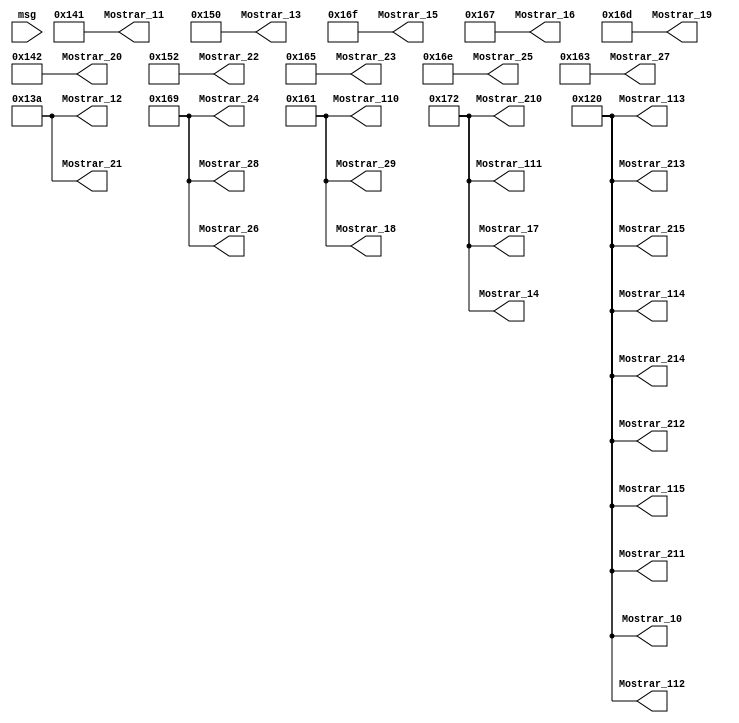
module interfaz(msg,
					  Mostrar_10,
					  Mostrar_11,
					  Mostrar_12,
					  Mostrar_13,
					  Mostrar_14,
					  Mostrar_15,
					  Mostrar_16,
					  Mostrar_17,
					  Mostrar_18,
					  Mostrar_19,
					  Mostrar_110,
					  Mostrar_111,
					  Mostrar_112,
					  Mostrar_113,
					  Mostrar_114,
					  Mostrar_115,
					  Mostrar_20,
					  Mostrar_21,
					  Mostrar_22,
					  Mostrar_23,
					  Mostrar_24,
					  Mostrar_25,
					  Mostrar_26,
					  Mostrar_27,
					  Mostrar_28,
					  Mostrar_29,
					  Mostrar_210,
					  Mostrar_211,
					  Mostrar_212,
					  Mostrar_213,
					  Mostrar_214,
					  Mostrar_215);
	

    input [4:0]msg;
    output reg [8:0] Mostrar_10;
    output reg [8:0] Mostrar_11;
    output reg [8:0] Mostrar_12;
    output reg [8:0] Mostrar_13;
    output reg [8:0] Mostrar_14;
    output reg [8:0] Mostrar_15;
    output reg [8:0] Mostrar_16;
    output reg [8:0] Mostrar_17;
    output reg [8:0] Mostrar_18;
    output reg [8:0] Mostrar_19;
    output reg [8:0] Mostrar_110;
    output reg [8:0] Mostrar_111;
    output reg [8:0] Mostrar_112;
    output reg [8:0] Mostrar_113;
    output reg [8:0] Mostrar_114;
    output reg [8:0] Mostrar_115;
    output reg [8:0] Mostrar_20;
    output reg [8:0] Mostrar_21;
    output reg [8:0] Mostrar_22;
    output reg [8:0] Mostrar_23;
    output reg [8:0] Mostrar_24;
    output reg [8:0] Mostrar_25;
    output reg [8:0] Mostrar_26;
    output reg [8:0] Mostrar_27;
    output reg [8:0] Mostrar_28;
    output reg [8:0] Mostrar_29;
    output reg [8:0] Mostrar_210;
    output reg [8:0] Mostrar_211;
    output reg [8:0] Mostrar_212;
    output reg [8:0] Mostrar_213;
    output reg [8:0] Mostrar_214;
    output reg [8:0] Mostrar_215;


always
 begin

					  Mostrar_10=9'h120; //es
					  Mostrar_11=9'h141; //A
					  Mostrar_12=9'h13A; //:
					  Mostrar_13=9'h150; //P
					  Mostrar_14=9'h172; //r
					  Mostrar_15=9'h16F; //o
					  Mostrar_16=9'h167; //g
					  Mostrar_17=9'h172; //r
					  Mostrar_18=9'h161; //a
					  Mostrar_19=9'h16D;//m
					  Mostrar_110=9'h161; //a
					  Mostrar_111=9'h172; //r
					  Mostrar_112=9'h120;//es
					  Mostrar_113=9'h120;//es
					  Mostrar_114=9'h120;//es
					  Mostrar_115=9'h120;//es
					  Mostrar_20=9'h142;//B
					  Mostrar_21=9'h13A;//:
					  Mostrar_22=9'h152;//R
					  Mostrar_23=9'h165;//e
					  Mostrar_24=9'h169;//i
					  Mostrar_25=9'h16E;//n
					  Mostrar_26=9'h169;//i
					  Mostrar_27=9'h163;//c
					  Mostrar_28=9'h169;//i
					  Mostrar_29=9'h161;//a
					  Mostrar_210=9'h172;//r
					  Mostrar_211=9'h120;
					  Mostrar_212=9'h120;
					  Mostrar_213=9'h120;
					  Mostrar_214=9'h120;
					  Mostrar_215=9'h120;
				
					
//if (msg==4'hB) begin
//					  Mostrar_10=9'h120; //es
//					  Mostrar_11=9'h147; //G
//					  Mostrar_12=9'h161; //a
//					  Mostrar_13=9'h174; //t
//					  Mostrar_14=9'h16F; //o
//					  Mostrar_15=9'h120; //es
//					  Mostrar_16=9'h131; //1
//					  Mostrar_17=9'h12E; //.
//					  Mostrar_18=9'h120; //es
//					  Mostrar_19=9'h170; //P
//					  Mostrar_110=9'h165; //e
//					  Mostrar_111=9'h173; //s
//					  Mostrar_112=9'h16F;//o
//					  Mostrar_113=9'h120;//es
//					  Mostrar_114=9'h120;//es
//					  Mostrar_115=9'h120;//es
//					  Mostrar_20=9'h165;//e
//					  Mostrar_21=9'h16E;//n
//					  Mostrar_22=9'h120;//es
//					  Mostrar_23=9'h16B;//k
//					  Mostrar_24=9'h167;//g
//					  Mostrar_25=9'h12E;//.
//					  Mostrar_26=9'h120;
//					  Mostrar_27=9'h120;
//					  Mostrar_28=9'h120;
//					  Mostrar_29=9'h120;
//					  Mostrar_210=9'h120;
//					  Mostrar_211=9'h120;
//					  Mostrar_212=9'h120;
//					  Mostrar_213=9'h120;
//					  Mostrar_214=9'h120;
//					  Mostrar_215=9'h120;
//					end
		end

endmodule